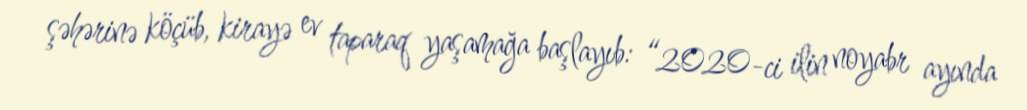
şəhərinə köçüb, kirayə ev taparaq yaşamağa başlayıb: “2020-ci ilin noyabr ayında